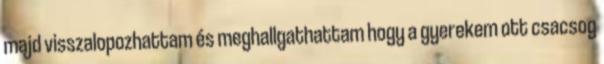
majd visszalopozhattam és meghallgathattam hogy a gyerekem ott csacsog